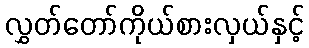
လွှတ်တော်ကိုယ်စားလှယ်နှင့်